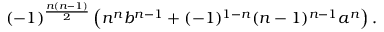
( - 1 ) ^ { \frac { n ( n - 1 ) } { 2 } } \left( n ^ { n } b ^ { n - 1 } + ( - 1 ) ^ { 1 - n } ( n - 1 ) ^ { n - 1 } a ^ { n } \right) .